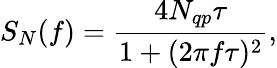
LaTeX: S_{N}(f)=\frac{4N_{qp}\tau}{1+(2\pi f\tau)^{2}},